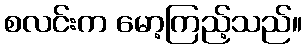
စလင်းက မော့ကြည့်သည်။